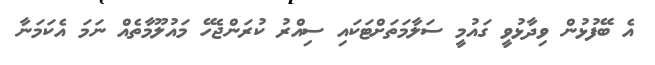
އެ ބޭފުޅުން ވިދާޅުވީ ގައުމީ ސަލާމަތަށްޓަކައި ސިއްރު ކުރަންޖެހޭ މައުލޫމާތެއް ނަމަ އެކަމަނާ